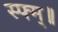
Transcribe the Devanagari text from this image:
स्फ्म्॥